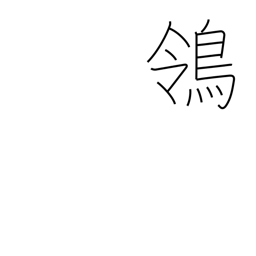
Meaning: wagtail